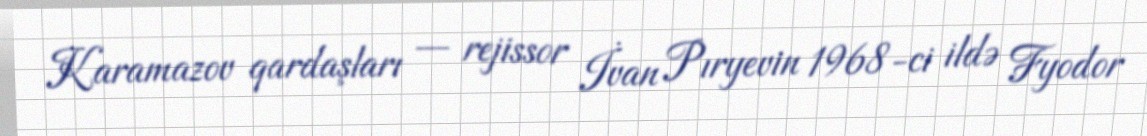
Karamazov qardaşları — rejissor İvan Pıryevin 1968-ci ildə Fyodor